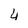
Character: 4